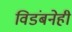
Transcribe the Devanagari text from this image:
विडंबनेही